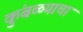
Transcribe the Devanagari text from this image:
कुंबळ्याचा